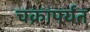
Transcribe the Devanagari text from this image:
चक्रापर्यंत